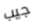
جيب